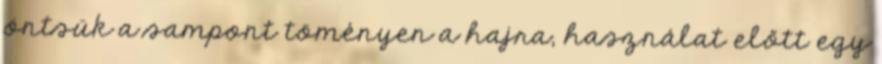
öntsük a sampont töményen a hajra, használat előtt egy